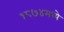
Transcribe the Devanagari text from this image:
१८७४मध्ये